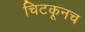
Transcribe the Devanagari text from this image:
चिटकूनच